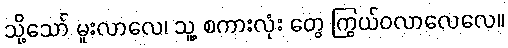
သို့သော် မူးလာလေ၊ သူ့ စကားလုံး တွေ ကြွယ်ဝလာလေလေ။